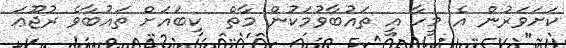
ކަށަވަރުން އެ މީހާ އީ ތައުބާވުމަކުން މާތް  ކިބައަށް ތައުބާވެ ރުޖޫޢަ